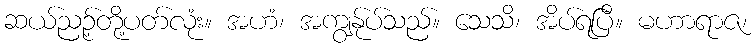
ဆယ်ညဉ့်တို့ပတ်လုံး။ အဟံ၊ အကျွန်ုပ်သည်။ သေသိ၊ အိပ်ရပြီ။ မဟာရာဇ၊